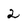
Character: 2